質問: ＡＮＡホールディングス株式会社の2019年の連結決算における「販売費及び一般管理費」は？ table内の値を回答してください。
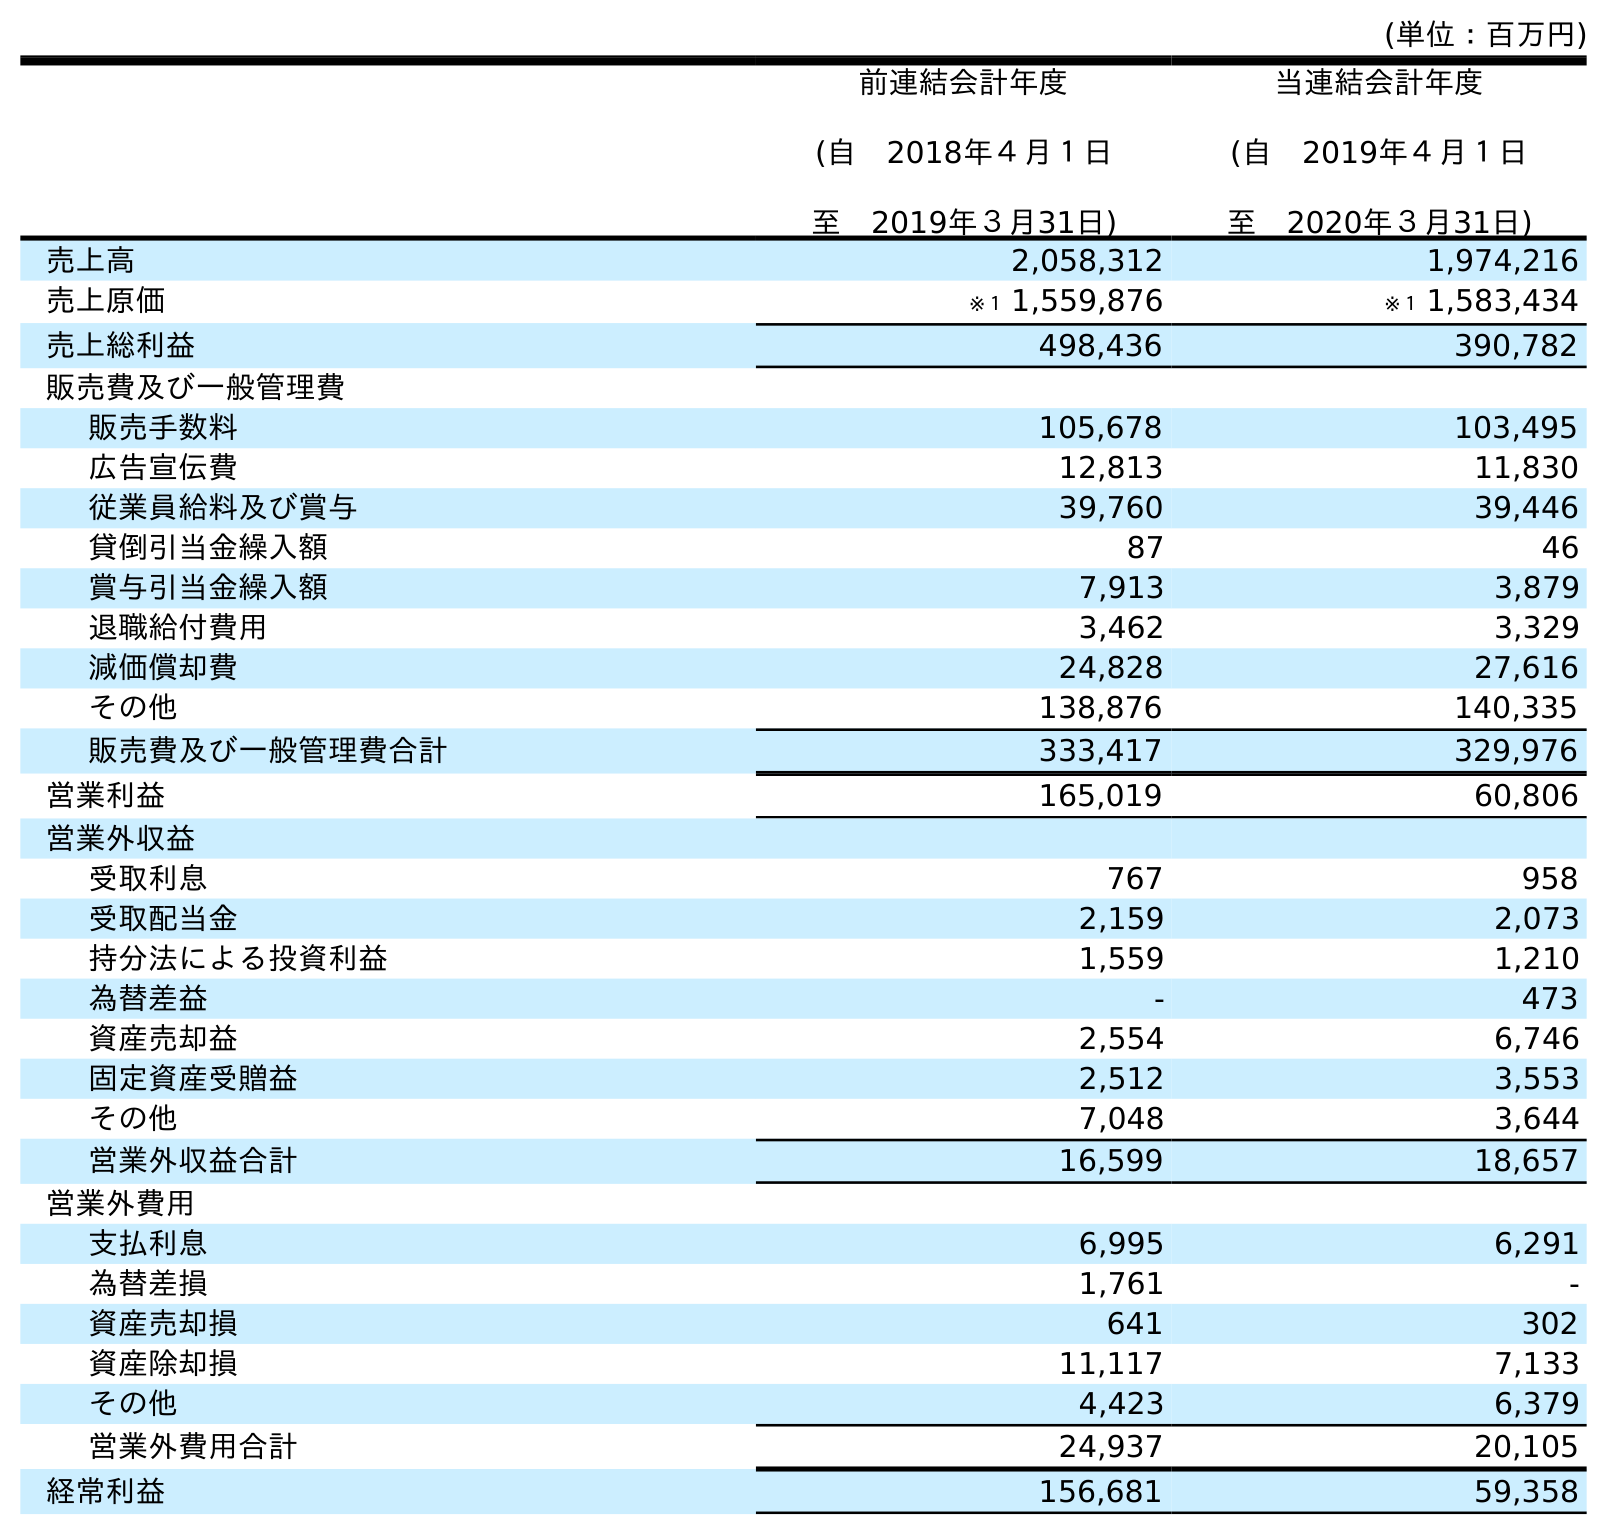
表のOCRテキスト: (単位：百万円) 前連結会計年度 (自 2018年４月１日 至 2019年３月31日) 当連結会計年度 (自 2019年４月１日 至 2020年３月31日) 売上高 2,058,312 1,974,216 売上原価 ※１ 1,559,876 ※１ 1,583,434 売上総利益 498,436 390,782 販売費及び一般管理費 販売手数料 105,678 103,495 広告宣伝費 12,813 11,830 従業員給料及び賞与 39,760 39,446 貸倒引当金繰入額 87 46 賞与引当金繰入額 7,913 3,879 退職給付費用 3,462 3,329 減価償却費 24,828 27,616 その他 138,876 140,335 販売費及び一般管理費合計 333,417 329,976 営業利益 165,019 60,806 営業外収益 受取利息 767 958 受取配当金 2,159 2,073 持分法による投資利益 1,559 1,210 為替差益 - 473 資産売却益 2,554 6,746 固定資産受贈益 2,512 3,553 その他 7,048 3,644 営業外収益合計 16,599 18,657 営業外費用 支払利息 6,995 6,291 為替差損 1,761 - 資産売却損 641 302 資産除却損 11,117 7,133 その他 4,423 6,379 営業外費用合計 24,937 20,105 経常利益 156,681 59,358
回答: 333,417